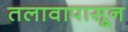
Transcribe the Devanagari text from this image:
तलावापासून